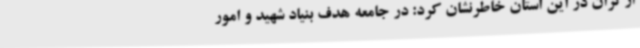
ارگران در این استان خاطرنشان کرد: در جامعه هدف بنیاد شهید و امور